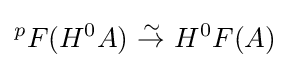
{}^{p}F(H^{0}A)\ {\stackrel {\sim }{\to }}\ H^{0}F(A)